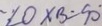
\angle O \times B = 9 0 ^ { \circ }